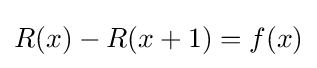
R(x)-R(x+1)=f(x)